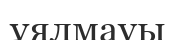
ұялмауы